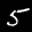
Label: 5